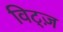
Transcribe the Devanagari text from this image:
विट्ज़